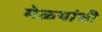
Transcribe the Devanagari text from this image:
मेळ्यांची